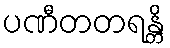
ပဏီတတရန္တိ